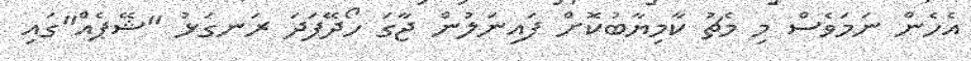
އެހެން ނަމަވެސް މި މެޗު ކާމިޔާބުކޮށް ފައިނަލުން ޖާގަ ހޯދޭފަދަ ރަނގަޅު "ޝޭޕެއް"ގައި